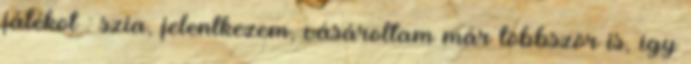
játékot : szia, jelentkezem, vásároltam már többször is, így